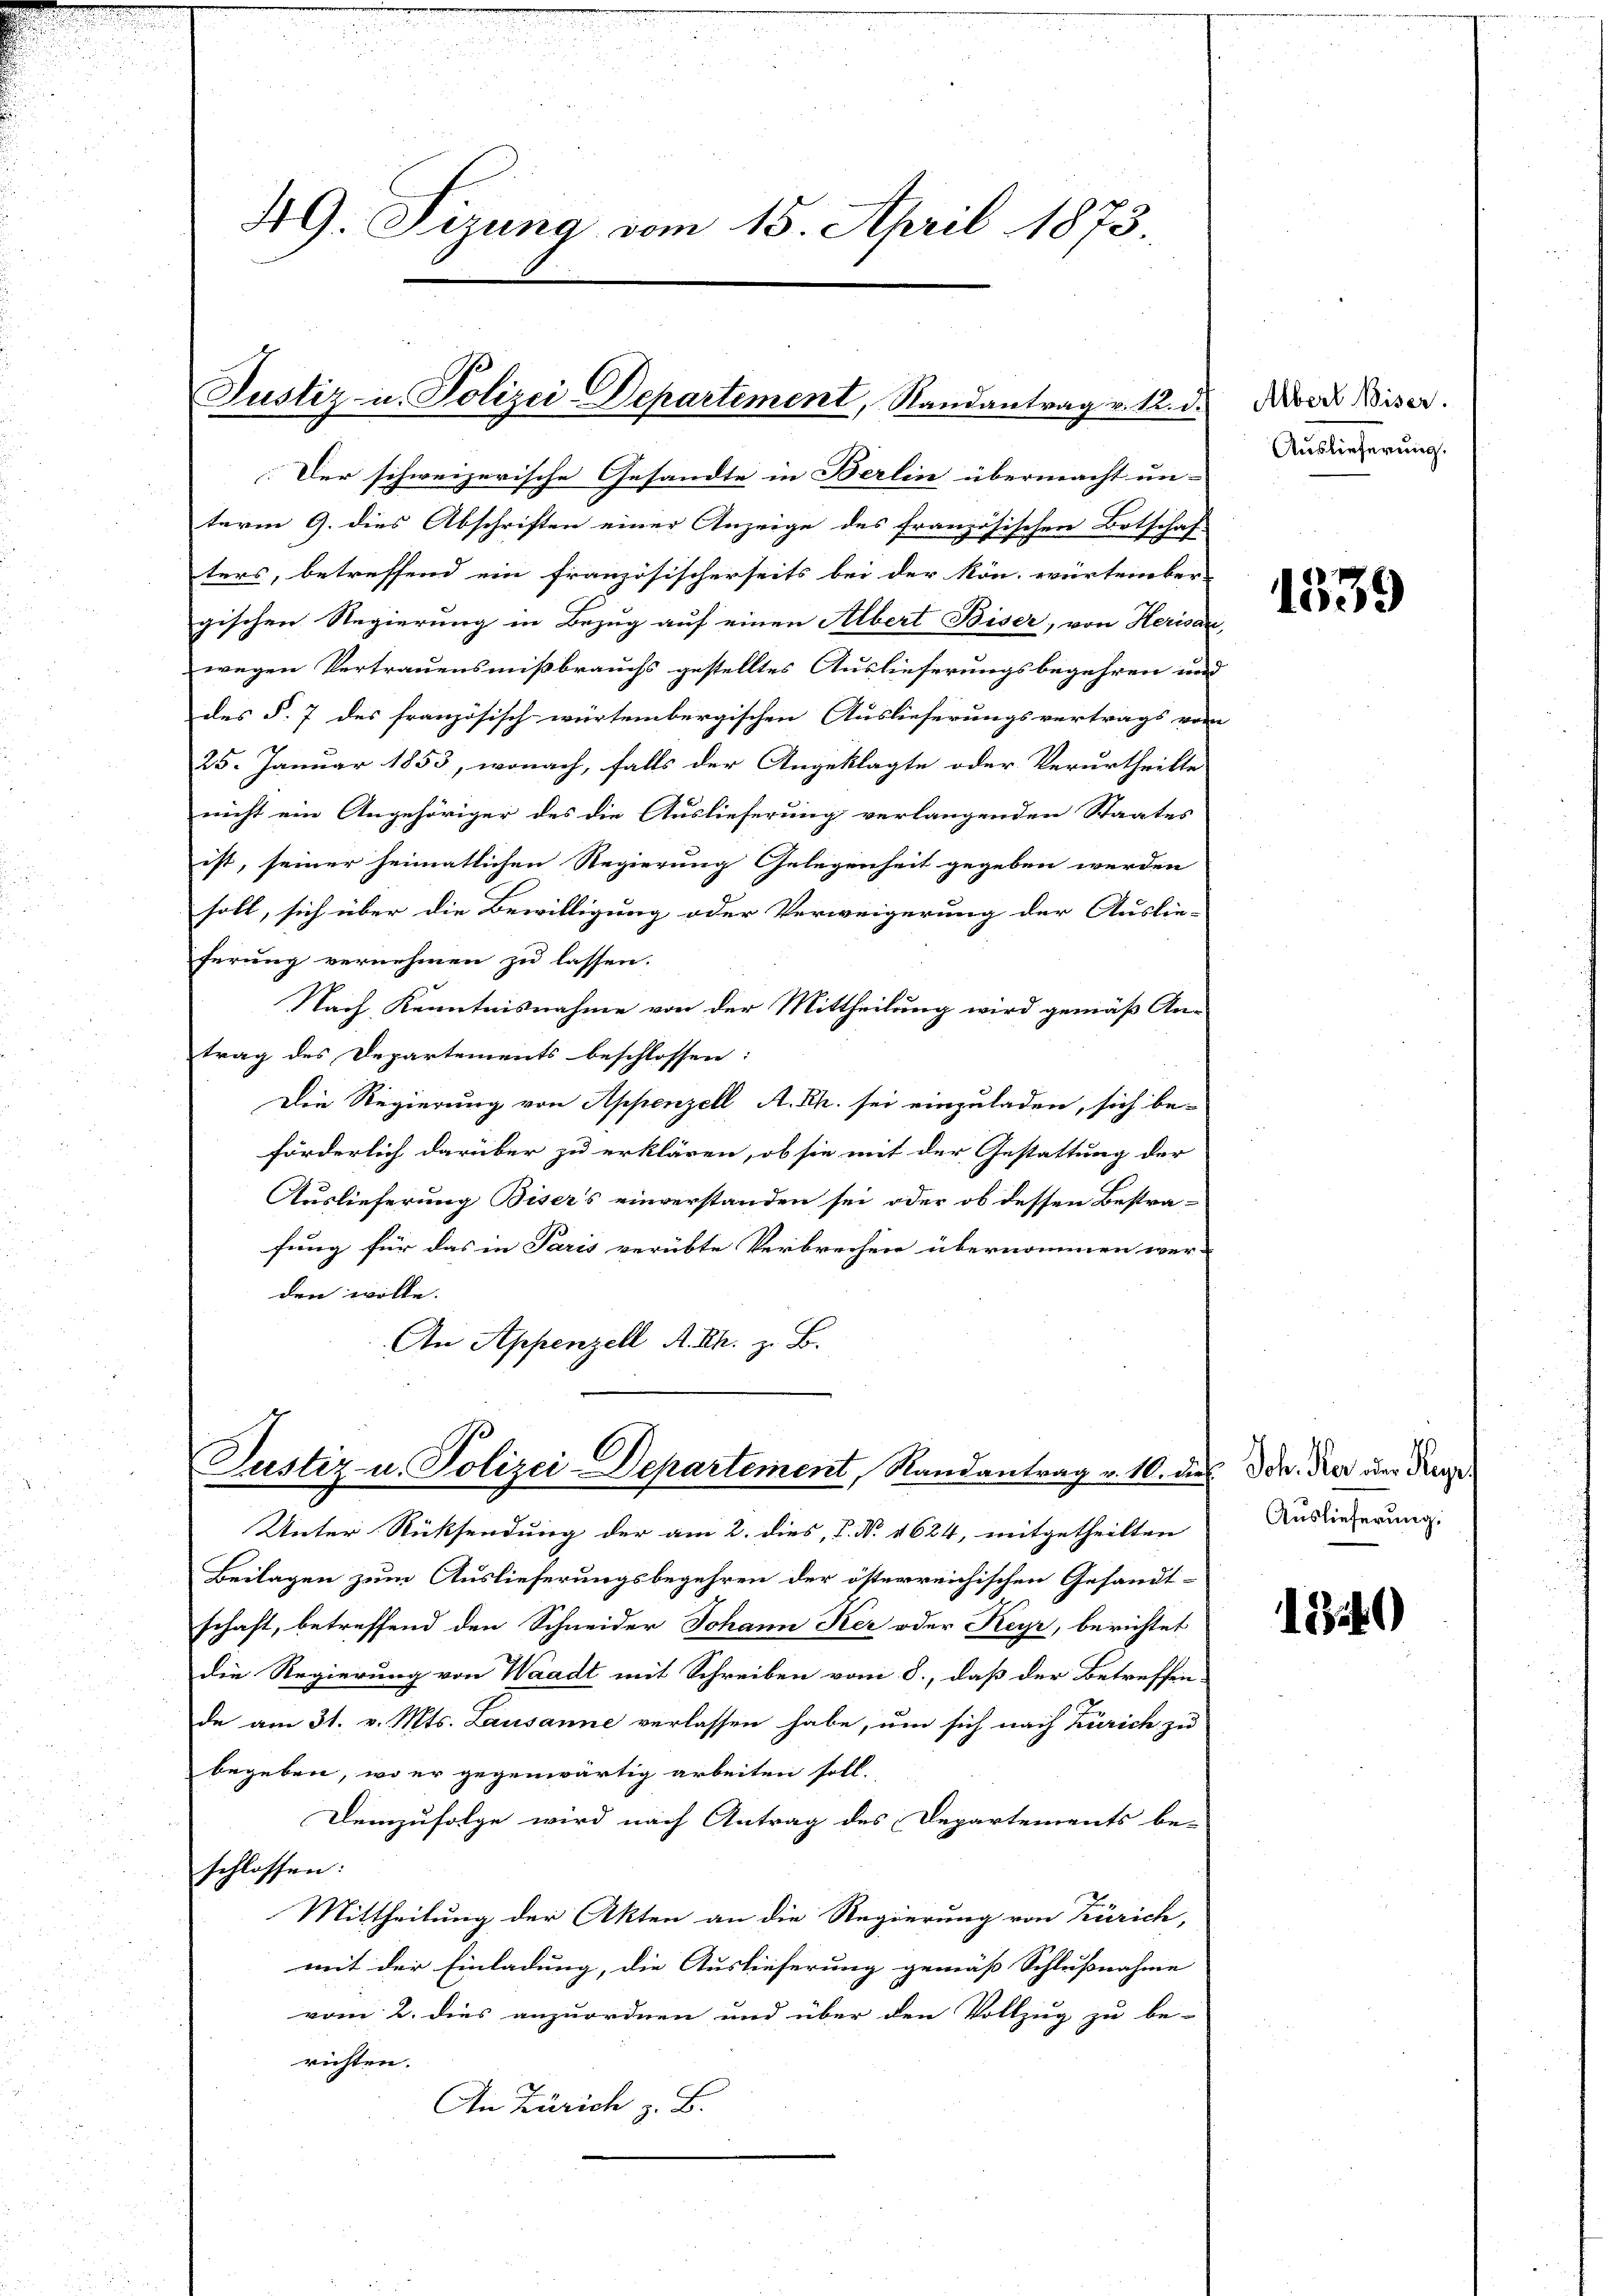
term 9. dies Abschriften einer Anzeige des französischen Botschaf-
ters, betreffend ein französischerseits bei der kön. Würtember-
gischen Regierung in Bezug auf einen Albert Biser, von Herisau,
wegen Vertrauensmißbrauchs gestelltes Auslieferungsbegehren und
des §. 7 des französisch würtembergischen Auslieferungsvertrags vom
25. Januar 1853, wonach, falls der Angeklagte oder Verurtheilte
nicht ein Angehöriger des die Auslieferung verlangenden Staates
ist, seiner heimatlichen Regierung Gelegenheit gegeben werden
soll, sich über die Bewilligung oder Verweigerung der Auslie-
ferung vernehmen zu lassen.
Nach Kenntnisnahme von der Mittheilung wird gemäß An-
trag des Departements beschlossen:
Die Regierung von Appenzell A. Rh. sei einzuladen, sich be-
förderlich darüber zu erklären, ob sie mit der Gestattung der
Auslieferung Bisers einverstanden sei oder ob dessen Bestra-
fung für das in Paris verübte Verbrechen übernommen wer-
den wolle.
An Appenzell A. Rh. z. B.

49. Sizung vom 15. April 1873.

Justiz u. Polizei-Departement, Randantrag v. 12. d.
Der schweizerische Gesandte in Berlin übermacht un-

Justiz u. Polizei-Departement, Randantrag v. 10. dies Dr. Nur der Franze

Unter Rücksendung der am 2. dies, P. Nr. 1624, mitgetheilten
Beilagen zum Auslieferungsbegehren der österreichischen Gesandt-
schaft, betreffend den Schneider Johann Ker oder Keyr, berichtet
die Regierung von Waadt mit Schreiben vom 8., daß der Betreffen-
de am 31. v. Mts. Lausanne verlassen habe, um sich nach Zürich zu
begeben, wo er gegenwärtig arbeiten soll.
Demzufolge wird nach Antrag des Departements be-
schlossen:
Mittheilung der Akten an die Regierung von Zürich,
mit der Einladung, die Auslieferung gemäß Schlußnahme
vom 2. dies anzuordnen und über den Vollzug zu be-
richten.
An Zürich z. B.

Albert Biser.
Auslieferung.

1339

Auslieferung.

1340